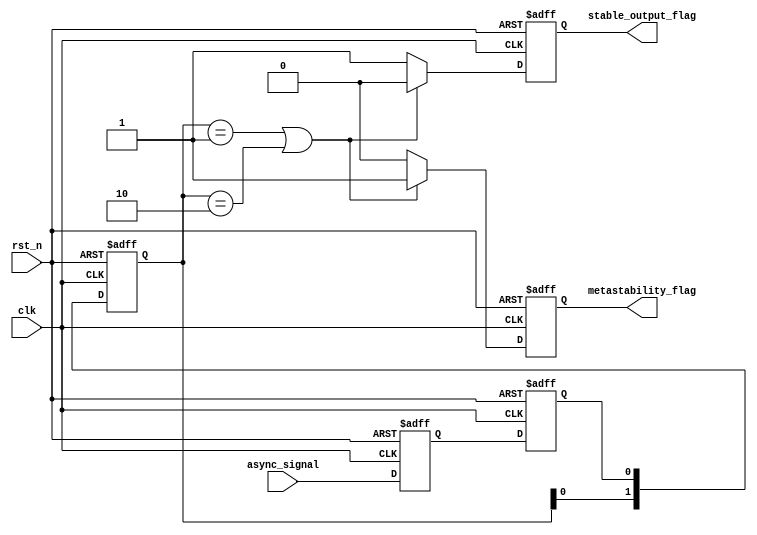
module metastability_detector (
    input wire clk,               // Clock signal
    input wire rst_n,             // Active low reset
    input wire async_signal,      // Asynchronous input signal
    output reg metastability_flag, // Flag indicating metastability detected
    output reg stable_output_flag   // Flag indicating stable output
);

    // Internal signals
    reg latch1_out;               // Output of the first latch
    reg latch2_out;               // Output of the second latch
    reg [1:0] latch2_history;     // History of latch2 output for metastability detection

    // Latch 1: Sample async_signal on rising edge of clk
    always @(posedge clk or negedge rst_n) begin
        if (!rst_n) begin
            latch1_out <= 1'b0;   // Reset latch1
        end else begin
            latch1_out <= async_signal; // Sample async_signal
        end
    end

    // Latch 2: Sample latch1_out on rising edge of clk
    always @(posedge clk or negedge rst_n) begin
        if (!rst_n) begin
            latch2_out <= 1'b0;   // Reset latch2
            latch2_history <= 2'b00; // Reset history
        end else begin
            latch2_out <= latch1_out; // Sample latch1 output
            latch2_history <= {latch2_history[0], latch2_out}; // Shift history
        end
    end

    // Metastability detection logic
    always @(posedge clk or negedge rst_n) begin
        if (!rst_n) begin
            metastability_flag <= 1'b0; // Reset metastability flag
            stable_output_flag <= 1'b0;  // Reset stable output flag
        end else begin
            // Check if latch2 output is oscillating (indicating metastability)
            if (latch2_history == 2'b01 || latch2_history == 2'b10) begin
                metastability_flag <= 1'b1; // Metastability detected
                stable_output_flag <= 1'b0;  // Not stable
            end else begin
                metastability_flag <= 1'b0;   // No metastability
                stable_output_flag <= 1'b1;    // Stable output
            end
        end
    end

endmodule